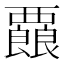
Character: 𮗇